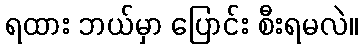
ရထား ဘယ်မှာ ပြောင်း စီးရမလဲ။